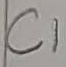
Text: C1